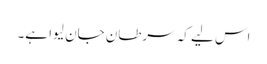
اس لیے کہ سرطان جان لیوا ہے۔